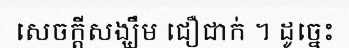
សេចក្តីសង្ឃឹម ជឿជាក់ ។ ដូច្នេះ